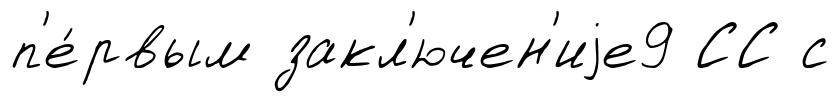
п'е́рвым закл'ючен'иjе9 СС с